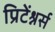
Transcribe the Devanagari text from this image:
प्रिटेंश्नर्स